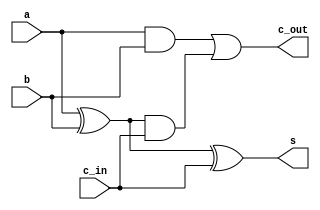
`timescale 1ns / 1ps

module fa_1(a, b, c_in, s, c_out);
input wire a, b, c_in;
output reg s, c_out;

    always@(*) begin   
        s = (a ^ b ^ c_in);
        c_out = (a & b) | (a ^ b) & c_in;       
    end
    
endmodule

module fa_4(a, b, c_in, s, c_out);
input wire [3:0] a;
input wire [3:0] b;
input wire c_in;

output wire [3:0] s;
output wire c_out;

wire [2:0] c_temp;
    
    fa_1 FA1(a[0], b[0], c_in, s[0], c_temp[0]);
    fa_1 FA2(a[1], b[1], c_temp[0], s[1], c_temp[1]);
    fa_1 FA3(a[2], b[2], c_temp[1], s[2], c_temp[2]);
    fa_1 FA4(a[3], b[3], c_temp[2], s[3], c_out);
    
endmodule

module fa_8(a, b, c_in, s, c_out);
input wire [7:0] a;
input wire [7:0] b;
input wire c_in;

output wire [7:0] s;
output wire c_out;

wire c_temp;
    
    fa_4 FA1(a[3:0], b[3:0], c_in, s[3:0], c_temp);
    fa_4 FA2(a[7:4], b[7:4], c_temp, s[7:4], c_out);
    
endmodule

module fa_32(a, b, c_in, s, c_out);
input wire [31:0] a;
input wire [31:0] b;
input wire c_in;

output wire [31:0] s;
output wire c_out;

wire [2:0] c_temp;
    
    fa_8 FA1(a[7:0], b[7:0], c_in, s[7:0], c_temp[0]);
    fa_8 FA2(a[15:8], b[15:8], c_temp[0], s[15:8], c_temp[1]);
    fa_8 FA3(a[23:16], b[23:16], c_temp[1], s[23:16], c_temp[2]);
    fa_8 FA4(a[31:24], b[31:24], c_temp[2], s[31:24], c_out);
    
endmodule